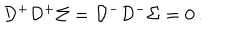
{ \cal D } ^ { + } { \cal D } ^ { + } \Sigma = { \cal D } ^ { - } { \cal D } ^ { - } \Sigma = 0 \, .